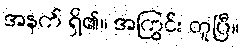
အနက် ရှိ၏။ အကြွင်း တူပြီ။